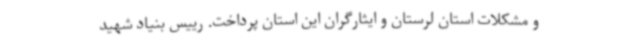
و مشکلات استان لرستان و ایثارگران این استان پرداخت. رییس بنیاد شهید